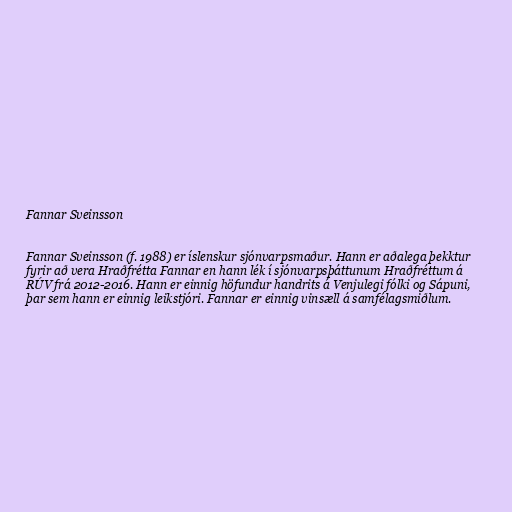
Fannar Sveinsson

Fannar Sveinsson (f. 1988) er íslenskur sjónvarpsmaður. Hann er aðalega þekktur
fyrir að vera Hraðfrétta Fannar en hann lék í sjónvarpsþáttunum Hraðfréttum á
RÚV frá 2012-2016. Hann er einnig höfundur handrits á Venjulegi fólki og Sápuni,
þar sem hann er einnig leikstjóri. Fannar er einnig vinsæll á samfélagsmiðlum.